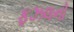
ફઝલનો